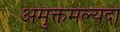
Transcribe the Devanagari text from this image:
अमुक्तमल्यदा